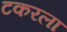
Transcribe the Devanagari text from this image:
टकरला